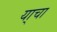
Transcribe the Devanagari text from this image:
या्चा